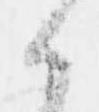
か